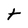
Character: t